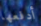
أدفعها